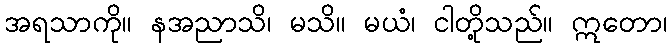
အရသာကို။ နအညာသိ၊ မသိ။ မယံ၊ ငါတို့သည်။ ဣတော၊